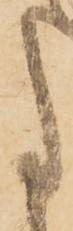
事